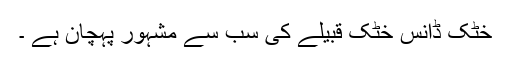
خٹک ڈانس خٹک قبیلے کی سب سے مشہور پہچان ہے ۔